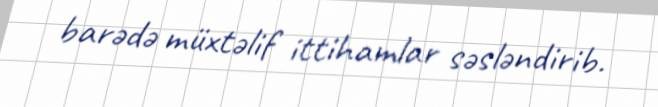
barədə müxtəlif ittihamlar səsləndirib.